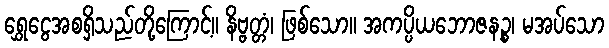
ရွှေငွေအစရှိသည်တို့ကြောင့်။ နိဗ္ဗတ္တံ၊ ဖြစ်သော။ အကပ္ပိယဘောဇနဉ္စ၊ မအပ်သော